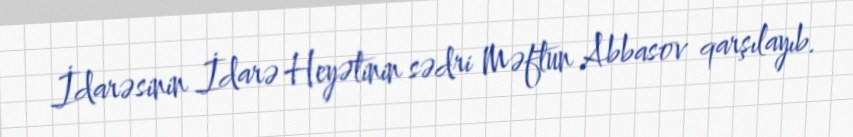
İdarəsinin İdarə Heyətinin sədri Məftun Abbasov qarşılayıb.